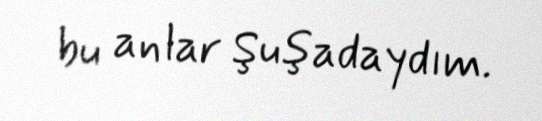
bu anlar Şuşadaydım.